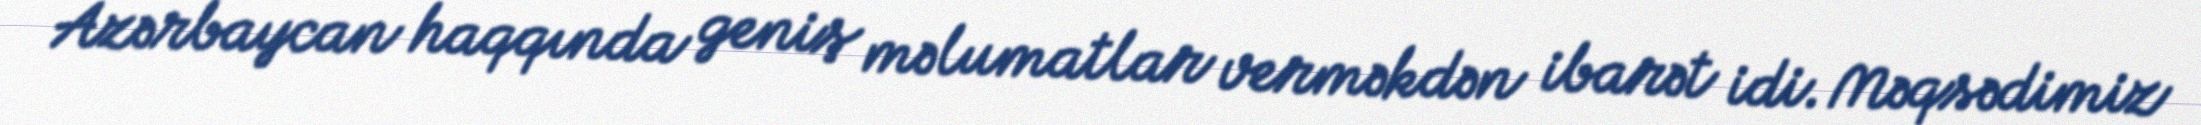
Azərbaycan haqqında geniş məlumatlar verməkdən ibarət idi. Məqsədimiz